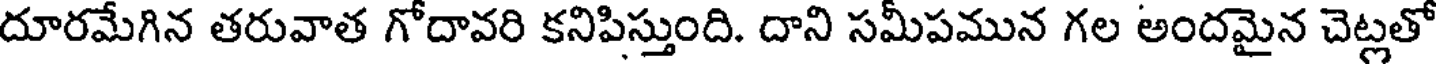
దూరమేగిన తరువాత గోదావరి కనిపిస్తుంది. దాని సమీపమున గల అందమైన చెట్లతో